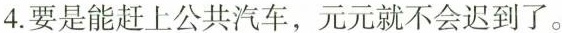
4.要是能赶上公共汽车，元元就不会迟到了。